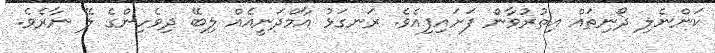
ކަންނެލި ދޯނިތައް އިތުރުވާން ފަށައިފިއެވެ. ރަނގަޅު އާމްދަނީއެއް ލިބޭ ދިވެހިންގެ ލޭ ނާރެވެ.